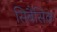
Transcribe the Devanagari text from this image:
सिबैसिक